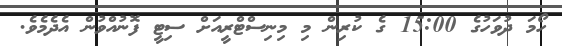
ހޯމަ ދުވަހުގެ 15:00 ގެ ކުރިން މި މިނިސްޓްރީއަށް ސިޓީ ފޮނުއްވުން އެދެމެވެ.